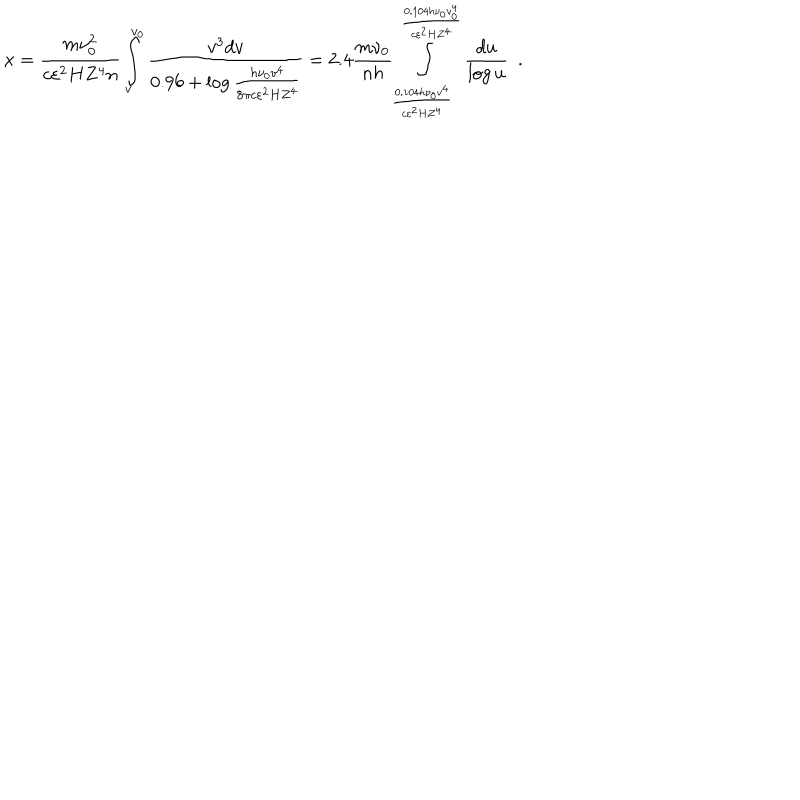
x = \frac { m \nu _ { 0 } ^ { 2 } } { c \varepsilon ^ { 2 } H Z ^ { 4 } n } \int _ { v } ^ { v _ { 0 } } { \frac { v ^ { 3 } d v } { 0 . 9 6 + \log \frac { h \nu _ { 0 } v ^ { 4 } } { 8 \pi c \varepsilon ^ { 2 } H Z ^ { 4 } } } } = 2 . 4 \frac { m \nu _ { 0 } } { n h } \int _ { \frac { 0 . 1 0 4 h \nu _ { 0 } v ^ { 4 } } { c \varepsilon ^ { 2 } H Z ^ { 4 } } } ^ { \frac { 0 . 1 0 4 h \nu _ { 0 } v _ { 0 } ^ { 4 } } { c \varepsilon ^ { 2 } H Z ^ { 4 } } } { \frac { d u } { \log u } } ~ ~ .